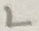
Text: L